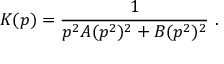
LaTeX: K ( p ) = \frac { 1 } { p ^ { 2 } A ( p ^ { 2 } ) ^ { 2 } + B ( p ^ { 2 } ) ^ { 2 } } ~ .